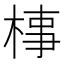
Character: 𣓊